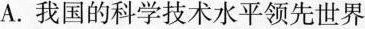
A. 我国的科学技术水平领先世界